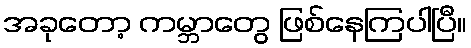
အခုတော့ ကမ္ဘာတွေ ဖြစ်နေကြပါပြီ။